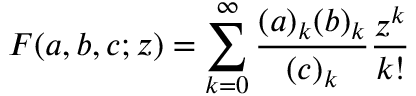
F ( a , b , c ; z ) = \sum _ { k = 0 } ^ { \infty } \frac { ( a ) _ { k } ( b ) _ { k } } { ( c ) _ { k } } \frac { z ^ { k } } { k ! }